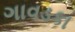
ગાવડકા